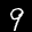
Label: 9